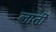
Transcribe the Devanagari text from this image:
लातीं